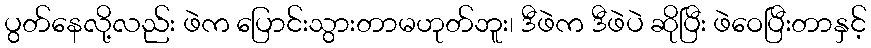
ပွတ်နေလို့လည်း ဖဲက ပြောင်းသွားတာမဟုတ်ဘူး၊ ဒီဖဲက ဒီဖဲပဲ ဆိုပြီး ဖဲဝေပြီးတာနှင့်